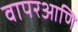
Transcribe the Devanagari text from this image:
वापरआणि